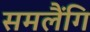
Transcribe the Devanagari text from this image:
समलैंगि